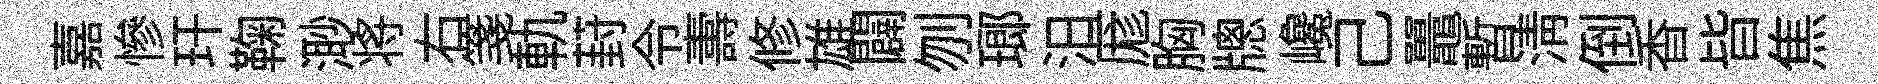
嘉慘玕鞠𣺌将右箋軌葑令夀修雄闢刎瑯汨厖胸牕巉己鼉暫清倒香𣅜焦